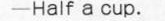
—Half a cup.